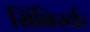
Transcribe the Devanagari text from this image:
सिंबिर्स्क